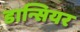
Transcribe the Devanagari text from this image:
डान्सियर